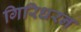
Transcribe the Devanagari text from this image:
गिरिधरन